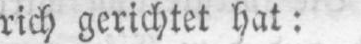
rich gerichtet hat: